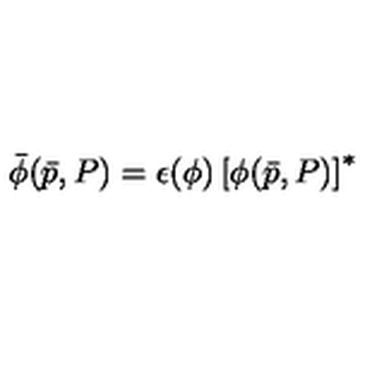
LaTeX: \bar { \phi } ( \bar { p } , P ) = \epsilon ( \phi ) \left[ \phi ( \bar { p } , P ) \right] ^ { * }